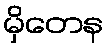
မှိတေန